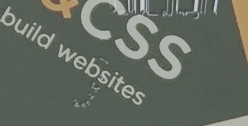
محل بيع الأدوات المكتبية